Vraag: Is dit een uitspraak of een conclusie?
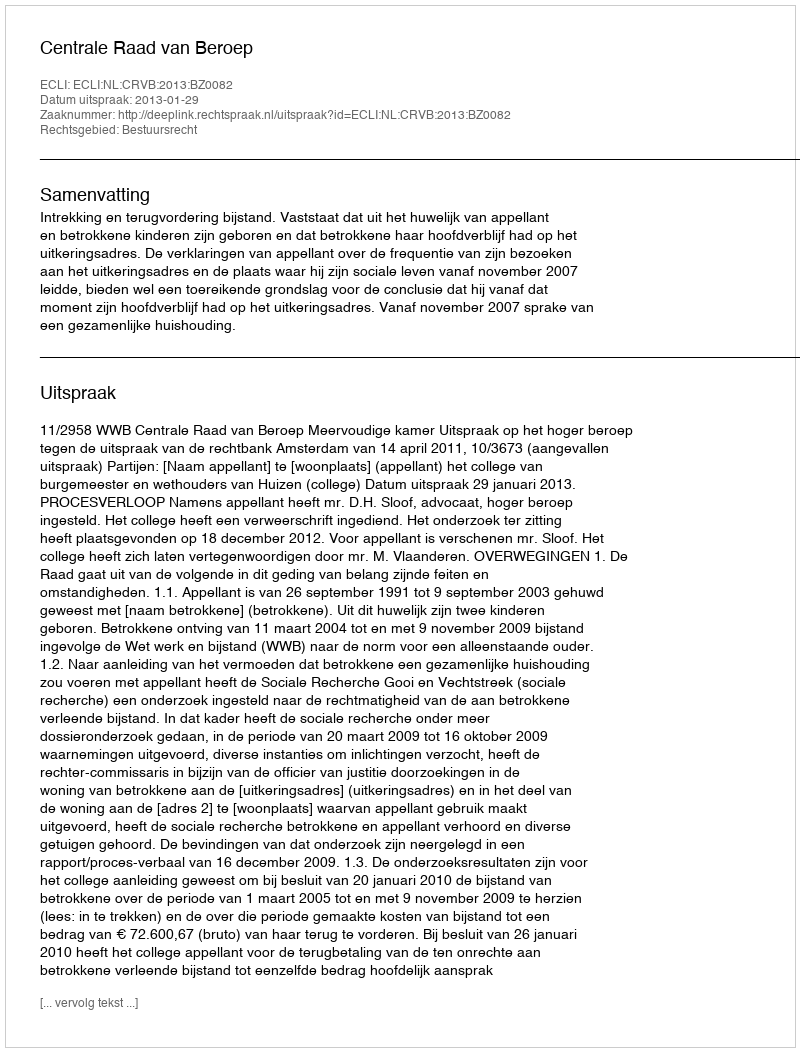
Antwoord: Uitspraak